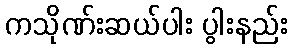
ကသိုဏ်းဆယ်ပါး ပွါးနည်း